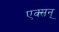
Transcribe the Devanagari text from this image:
एक्सन्